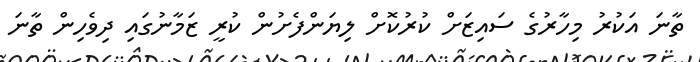
ތާނަ އަކުރު މިހާރުގެ ސައިޒަށް ކުރުކޮށް ލިޔަންފެށުން ކުރީ ޒަމާނުގައި ދިވެހިން ތާނަ